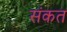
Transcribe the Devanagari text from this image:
संकत